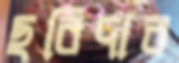
ছবিদার